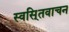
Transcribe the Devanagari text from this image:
स्वसि्तवाचन